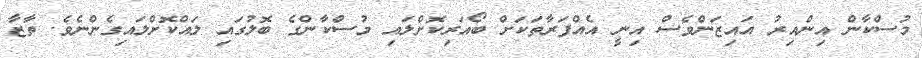
މުސްކާން އިންއިރު އައިޒަންވެސް އިނީ އެއްފަރާތަކަށް ބޯއަރިކޮށްލައި މުސްކާންގެ ބޮލުގައި ލައްކޮށްލައިގެންނެވެ. ތާޒާ